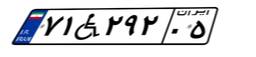
۷۱W۲۹۲۰۵